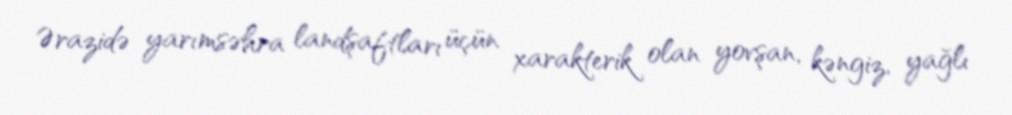
Ərazidə yarımsəhra landşaftları üçün xarakterik olan yovşan, kəngiz, yağlı